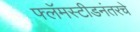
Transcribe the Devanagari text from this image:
फ्लॅमस्टीडनंतरचे